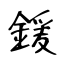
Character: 鍰